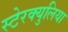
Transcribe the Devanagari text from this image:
स्टेरक्युलिया